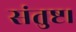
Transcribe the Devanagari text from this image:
संतुष्ट।